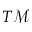
T \mathcal { M }